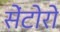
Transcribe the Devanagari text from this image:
सेंटोरो